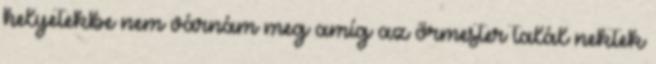
helyetekbe nem várnám meg amíg az őrmester talál nektek